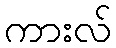
ကားလ်